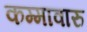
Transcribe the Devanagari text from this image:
कम्मावारु